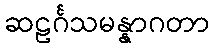
ဆဠင်္ဂသမန္နာဂတာ